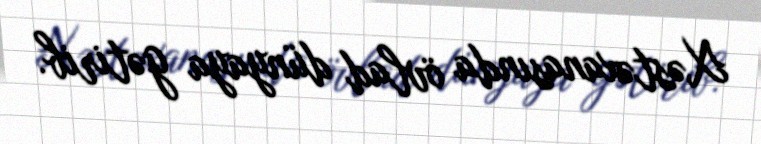
Xəstəxanasında övlad dünyaya gətirib.